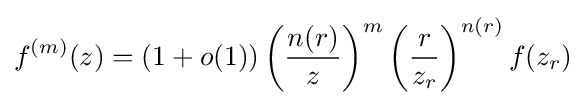
f^{(m)}(z)=(1+o(1))\left({\frac {n(r)}{z}}\right)^{m}\left({\frac {r}{z_{r}}}\right)^{n(r)}f(z_{r})